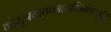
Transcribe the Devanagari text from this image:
गोमूत्रयावकाहारस्त्रिरात्राच्छुद्धिं